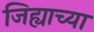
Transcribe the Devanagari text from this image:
जिह्याच्या